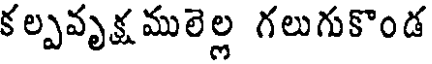
కల్పవృక్షములెల్ల గలుగుకొండ